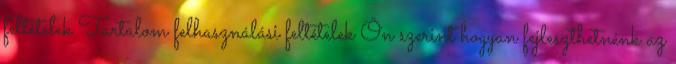
feltételek Tartalom felhasználási feltételek Ön szerint hogyan fejleszthetnénk az